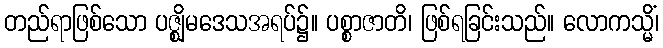
တည်ရာဖြစ်သော ပဇ္ဈိမဒေသအရပ်၌။ ပစ္စာဇာတိ၊ ဖြစ်ရခြင်းသည်။ လောကသ္မိံ၊